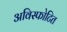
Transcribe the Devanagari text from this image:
अविस्फोटित